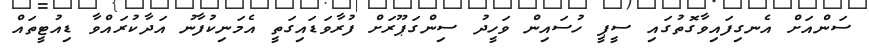
ސަންއަށް އެނގިފައިވާގޮތުގައި ސީޕީ ހުސައިން ވަހީދު ސިންގަޕޫރަށް ފުރާވަޑައިގަތީ އެމަނިކުފާނު އަދާކުރައްވާ ޑިއުޓީތައް